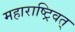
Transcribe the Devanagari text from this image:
महाराष्ट्रिवत्